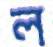
ল